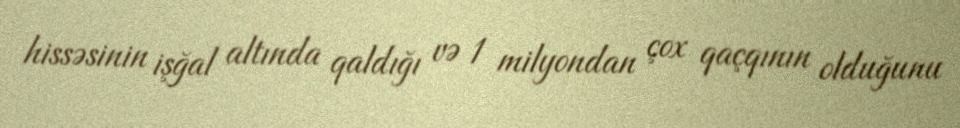
hissəsinin işğal altında qaldığı və 1 milyondan çox qaçqının olduğunu